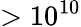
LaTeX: >10^{10}